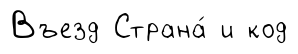
Въезд Страна́ и код